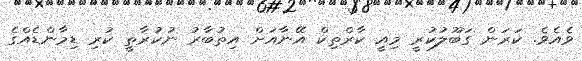
ވެއެވެ. ކަރަން ގަބޫލުކުރީ މިއީ ކާރްތިކް އޭނާއަށް އިތުބާރު ނުކުރާތީ ކުރި ޑިމާންޑެއްގެ